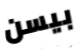
بيسن